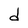
Character: d